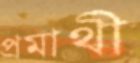
প্রমাথী